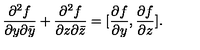
\frac { \partial ^ { 2 } f } { \partial y \partial \bar { y } } + \frac { \partial ^ { 2 } f } { \partial z \partial \bar { z } } = [ \frac { \partial f } { \partial y } , \frac { \partial f } { \partial z } ] .